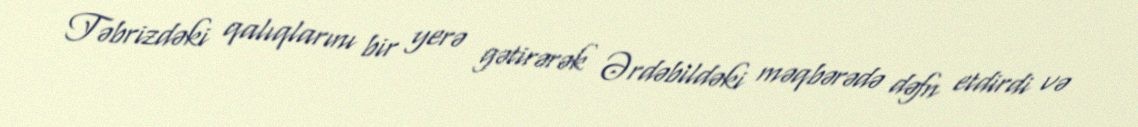
Təbrizdəki qalıqlarını bir yerə gətirərək Ərdəbildəki məqbərədə dəfn etdirdi və